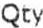
QTY